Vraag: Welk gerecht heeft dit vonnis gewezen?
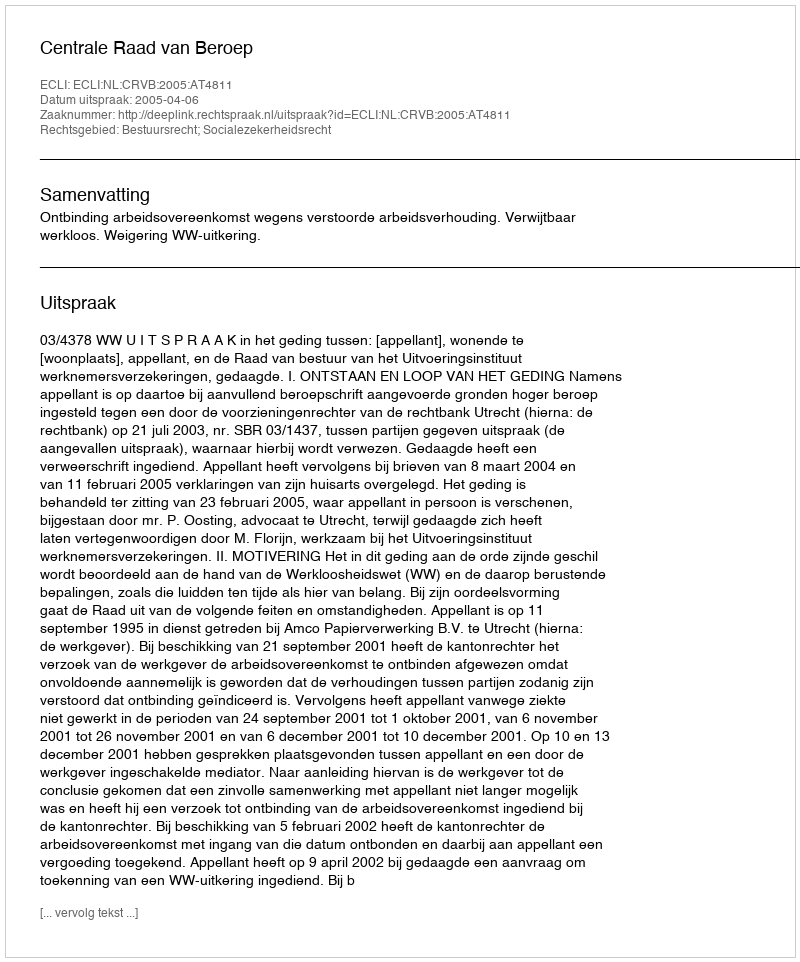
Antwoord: Centrale Raad van Beroep